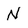
Character: N